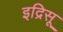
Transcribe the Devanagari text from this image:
इद्रिसू